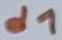
Text: d1